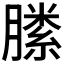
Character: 𣎝